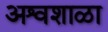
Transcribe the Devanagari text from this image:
अश्वशाळा